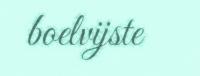
boelvijste